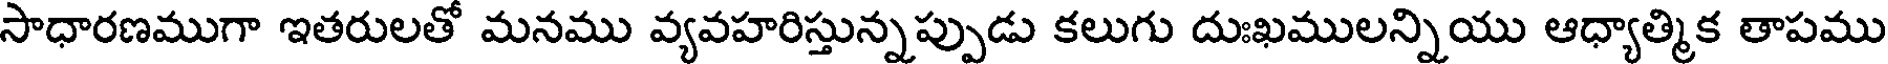
సాధారణముగా ఇతరులతో మనము వ్యవహరిస్తున్నప్పుడు కలుగు దుఃఖములన్నియు ఆధ్యాత్మిక తాపము